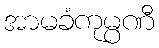
အာမခံကုမ္ပဏီ